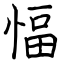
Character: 愊